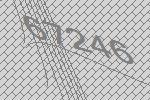
67246